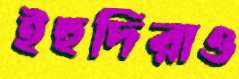
ইহুদিরাও